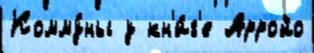
Комму́ны у кн'и́г'е Арройо